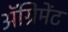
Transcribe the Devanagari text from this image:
अॅग्रिमेंट